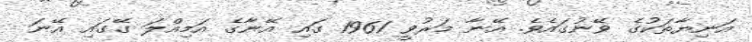
އަނިޔާތަކުގެ ވޭނުގައެވެ. އޭނާ މަރުވީ 1961 ގައި އޭނާގެ އަމިއްލަ ގޭގައި އޭނަ